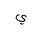
Letter: _ya